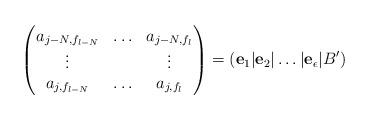
LaTeX: \begin{align*}\begin{pmatrix} a_{j-N,f_{l-N}} & \hdots & a_{j-N,f_{l}} \\ \vdots & & \vdots \\ a_{j,f_{l-N}} & \hdots & a_{j,f_{l}}\end{pmatrix}=(\mathbf{e}_1|\mathbf{e}_2|\dots|\mathbf{e}_{\epsilon}|B')\end{align*}